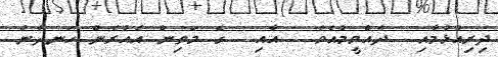
ދިރިއުޅުމާއި  ދެއްވީމުއެވެ.  އާއި  ގެ މަތިން އެއުރެން ހަނދާން